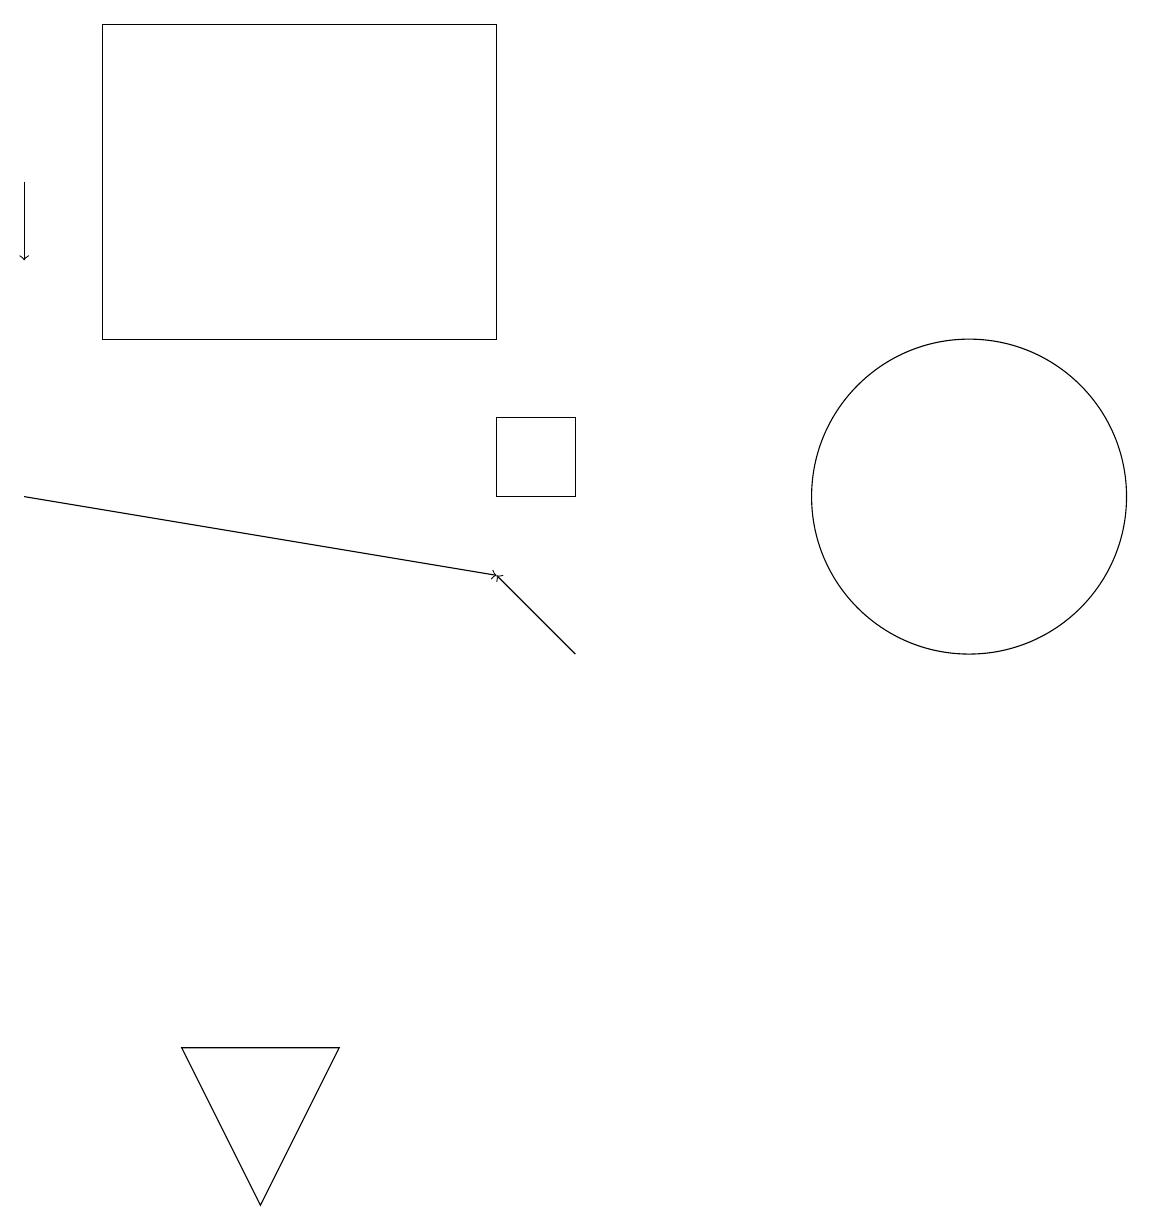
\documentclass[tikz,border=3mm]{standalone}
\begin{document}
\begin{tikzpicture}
\draw[->] (7,10) -- (6,11);
\draw (12,12) circle (2);
\draw[->] (0,12) -- (6,11);
\draw[->] (0,16) -- (0,15);
\draw (7,13) rectangle (6,12);
\draw (1,18) rectangle (6,14);
\draw (2,5) -- (3,3) -- (4,5) -- cycle;
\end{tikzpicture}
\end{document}